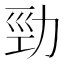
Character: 勁